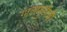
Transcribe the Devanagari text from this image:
गालफुगीची